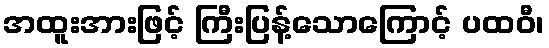
အထူးအားဖြင့် ကြီးပြန့်သောကြောင့် ပထဝီ၊